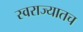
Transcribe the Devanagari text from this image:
स्वराज्यातच